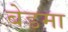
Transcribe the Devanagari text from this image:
बेडमा